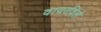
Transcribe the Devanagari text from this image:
वायरविले